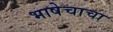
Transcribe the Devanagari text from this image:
भाषेचाचा